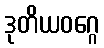
ဒုတိယဝဂ္ဂေ